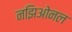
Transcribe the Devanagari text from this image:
नझिओनल